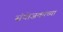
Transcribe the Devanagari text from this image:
संयोजकांच्या